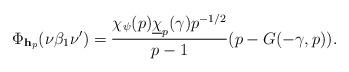
LaTeX: \begin{align*} \Phi_{\mathbf h_p}(\nu \beta_1 \nu')= \frac{\chi_{\psi}(p)\underline{\chi}_p(\gamma) p^{-1/2}}{p-1}(p - G(-\gamma,p)).\end{align*}